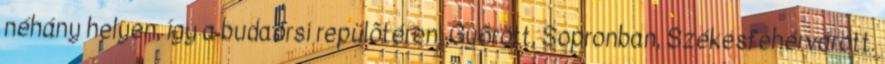
néhány helyen, így a budaörsi repülõtéren, Gyõrött, Sopronban, Székesfehérvárott.